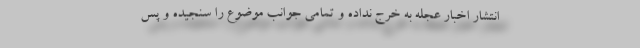
انتشار اخبار عجله به خرج نداده و تمامی جوانب موضوع را سنجیده و پس